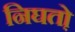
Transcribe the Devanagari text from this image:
निघतो़